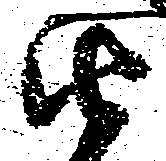
由